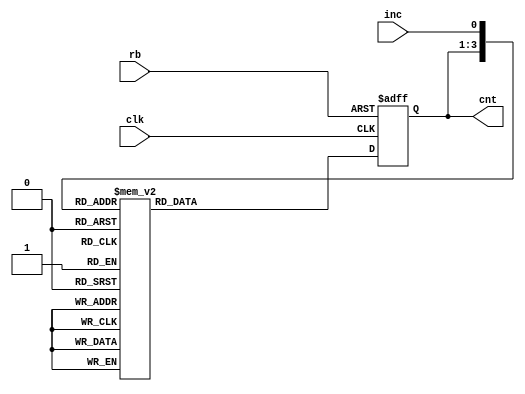
// FSM   
// FSM verilog    .

//  Binary Encoding   

// Verilog   5-way counter
// inc high  , inc low  

//  

// Coding Module Header

module cnt5_b(cnt, clk, rb, inc);
	input clk, rb, inc;
	output [2:0] cnt;

	parameter zero = 3'b000; // parameter:     
	parameter one = 3'b001;
	parameter two = 3'b010;
	parameter three = 3'b011;
	parameter four = 3'b100;

	// Sequential Circuits 
	reg [2:0] cnt;
	reg [2:0] next_cnt;

	always @ (posedge clk or negedge rb) begin
		if (rb == 1'b0) cnt <= zero;
		else cnt <= next_cnt;
	end

	// Combinational Circuit 
	always @ (inc or cnt) begin
		case ({cnt, inc}) // {}     
			{zero, 1'b0}: next_cnt <= four;
			{one, 1'b0}: next_cnt <= zero;
			{two, 1'b0}: next_cnt <= one;
			{three, 1'b0}: next_cnt <= two;
			{four, 1'b0}: next_cnt <= three;
			
			{zero, 1'b1}: next_cnt <= one;
			{one, 1'b1}: next_cnt <= two;
			{two, 1'b1}: next_cnt <= three;
			{three, 1'b1}: next_cnt <= four;
			{four, 1'b1}: next_cnt <= zero;

			default: next_cnt <= 3'bx;
		endcase
	end
endmodule